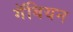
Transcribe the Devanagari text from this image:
गॅबियन